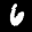
Label: 6